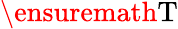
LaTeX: \ensuremath\mathrm{T}